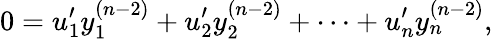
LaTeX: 0=u_{1}^{\prime}y_{1}^{(n-2)}+u_{2}^{\prime}y_{2}^{(n-2)}+\cdots+u_{n}^{\prime}y_{n}^{(n-2)},